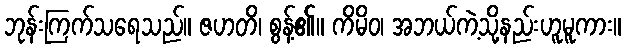
ဘုန်းကြက်သရေသည်။ ဇဟတိ၊ စွန့်၏။ ကိမိဝ၊ အဘယ်ကဲ့သို့နည်းဟူမူကား။